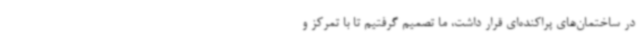
در ساختمان‌های پراکنده‌ای قرار داشت، ما تصمیم گرفتیم تا با تمرکز و